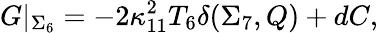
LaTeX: G\vert_{\Sigma_{6}}=-2\kappa_{11}^{2}T_{6}\delta(\Sigma_{7},Q)+dC,